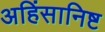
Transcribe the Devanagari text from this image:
अहिंसानिष्ट